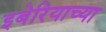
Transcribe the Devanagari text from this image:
इबेरियाच्या